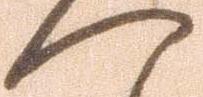
へ